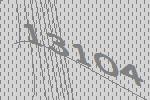
13104